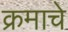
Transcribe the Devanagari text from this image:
क्रमाचे